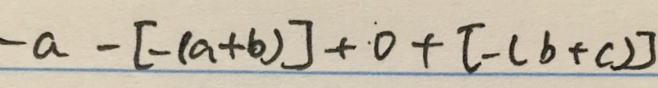
- a - [ - ( a + b ) ] + 0 + [ - ( b + c ) ]